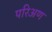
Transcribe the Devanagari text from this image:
परिअण